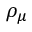
\rho _ { \mu }